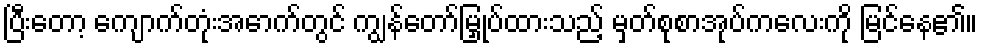
ပြီးတော့ ကျောက်တုံးအောက်တွင် ကျွန်တော်မြှုပ်ထားသည့် မှတ်စုစာအုပ်ကလေးကို မြင်နေ၏။